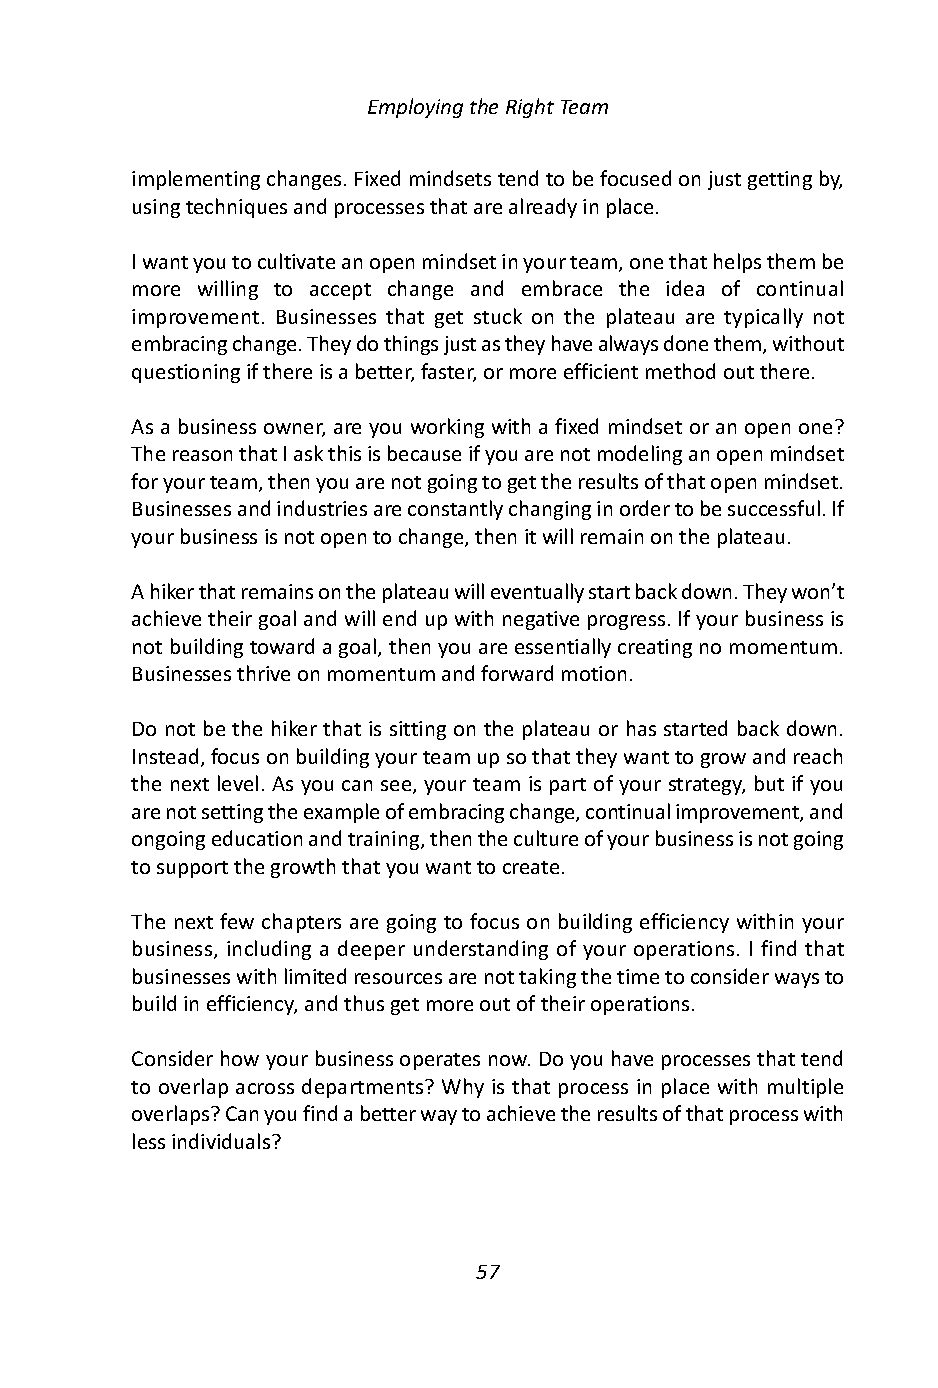
Employing the Right Team
 implementing changes. Fixed mindsets tend to be focused on just getting by,
 using techniques and processes that are already in place.
 I want you to cultivate an open mindset in your team, one that helps them be
 more willing to accept change and embrace the idea of continual
 improvement. Businesses that get stuck on the plateau are typically not
 embracing change. They do things just as they have always done them, without
 questioning if there is a better, faster, or more efficient method out there.
 As a business owner, are you working with a fixed mindset or an open one?
 The reason that I ask this is because if you are not modeling an open mindset
 for your team, then you are not going to get the results of that open mindset.
 Businesses and industries are constantly changing in order to be successful. If
 your business is not open to change, then it will remain on the plateau.
 A hiker that remains on the plateau will eventually start back down. They won’t
 achieve their goal and will end up with negative progress. If your business is
 not building toward a goal, then you are essentially creating no momentum.
 Businesses thrive on momentum and forward motion.
 Do not be the hiker that is sitting on the plateau or has started back down.
 Instead, focus on building your team up so that they want to grow and reach
 the next level. As you can see, your team is part of your strategy, but if you
 are not setting the example of embracing change, continual improvement, and
 ongoing education and training, then the culture of your business is not going
 to support the growth that you want to create.
 The next few chapters are going to focus on building efficiency within your
 business, including a deeper understanding of your operations. I find that
 businesses with limited resources are not taking the time to consider ways to
 build in efficiency, and thus get more out of their operations.
 Consider how your business operates now. Do you have processes that tend
 to overlap across departments? Why is that process in place with multiple
 overlaps? Can you find a better way to achieve the results of that process with
 less individuals?
 57